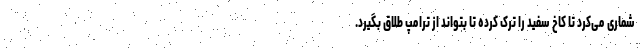
شماری می‌کرد تا کاخ سفید را ترک کرده تا بتواند از ترامپ طلاق بگیرد.